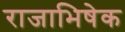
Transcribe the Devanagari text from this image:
राजाभिषेक